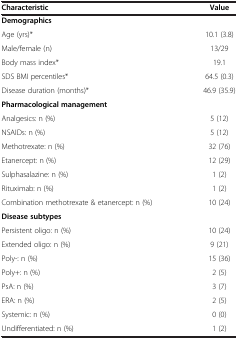
| Characteristic | Value |
 | --- | --- |
 | <COLSPAN=2> Demographics |
 | Age (yrs)* | 10.1 (3.8) |
 | Male/female (n) | 13/29 |
 | Body mass index* | 19.1 |
 | SDS BMI percentiles* | 64.5 (0.3) |
 | Disease duration (months)* | 46.9 (35.9) |
 | Pharmacological management |  |
 | Analgesics: n (%) | 5 (12) |
 | NSAIDs: n (%) | 5 (12) |
 | Methotrexate: n (%) | 32 (76) |
 | Etanercept: n (%) | 12 (29) |
 | Sulphasalazine: n (%) | 1 (2) |
 | Rituximab: n (%) | 1 (2) |
 | Combination methotrexate & etanercept: n (%) | 10 (24) |
 | Disease subtypes |  |
 | Persistent oligo: n (%) | 10 (24) |
 | Extended oligo: n (%) | 9 (21) |
 | Poly-: n (%) | 15 (36) |
 | Poly+: n (%) | 2 (5) |
 | PsA: n (%) | 3 (7) |
 | ERA: n (%) | 2 (5) |
 | Systemic: n (%) | 0 (0) |
 | Undifferentiated: n (%) | 1 (2) |